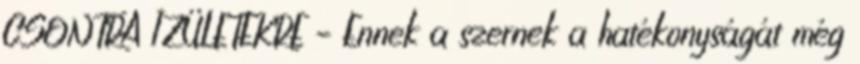
CSONTRA ÍZÜLETEKRE – Ennek a szernek a hatékonyságát még